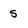
Character: 5